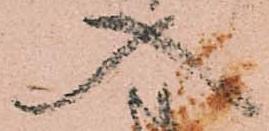
入